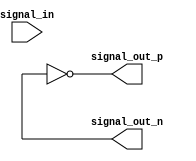
module io_buffer (
    input signal_in,
    output signal_out_p,
    output signal_out_n
);

wire inv_out;
reg inv_out_reg;

// Complementary inverters
not inv1 (signal_in, inv_out);
assign inv_out_reg = ~inv_out;
assign signal_out_p = inv_out_reg;
assign signal_out_n = ~inv_out_reg;

endmodule